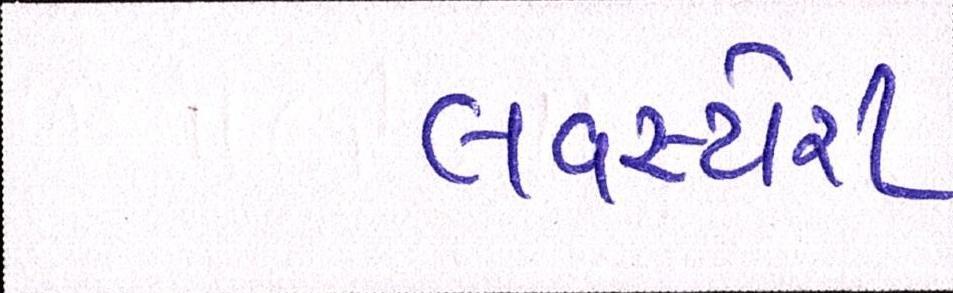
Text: લવસ્ટોરી